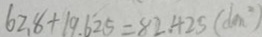
6 2 . 8 + 1 9 . 6 2 5 = 8 2 . 4 2 5 ( d m ^ { 2 } )